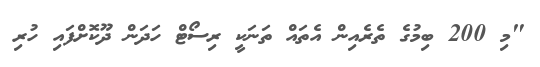
"މި 200 ބިމުގެ ތެރެއިން އެތައް ތަނަކީ ރިސޯޓް ހަދަން ދޫކޮށްފައި ހުރި